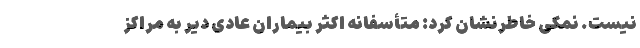
نیست. نمکی خاطرنشان کرد: متأسفانه اکثر بیماران عادی دیر به مراکز